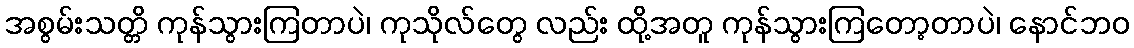
အစွမ်းသတ္တိ ကုန်သွားကြတာပဲ၊ ကုသိုလ်တွေ လည်း ထို့အတူ ကုန်သွားကြတော့တာပဲ၊ နောင်ဘဝ